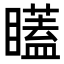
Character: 𭿫